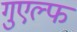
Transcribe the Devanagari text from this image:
गुएल्फ